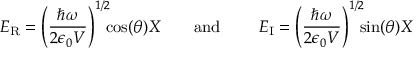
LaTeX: ~ E _ { \mathrm { { R } } } = \left( { \frac { \hbar \omega } { 2 \epsilon _ { 0 } V } } \right) ^ { 1 / 2 } \! \! \! \cos ( \theta ) X \qquad { \mathrm { a n d } } \qquad ~ E _ { \mathrm { { I } } } = \left( { \frac { \hbar \omega } { 2 \epsilon _ { 0 } V } } \right) ^ { 1 / 2 } \! \! \! \sin ( \theta ) X